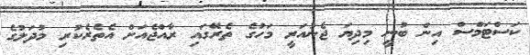
ކަސްޓަމްސް އިން ބުނީ މިދިޔަ ޖެނުއަރީ މަހުގެ ތެރޭގައި ރާއްޖެއަށް އެތެރެކުރި މުދަލުގެ